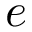
e